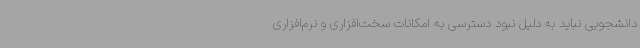
دانشجویی نباید به دلیل نبود دسترسی به امکانات سخت‌افزاری و نرم‌افزاری